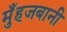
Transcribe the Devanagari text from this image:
मुँहजबानी